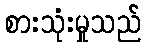
စားသုံးမှုသည်